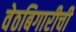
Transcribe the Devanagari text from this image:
वेठबिगारीची